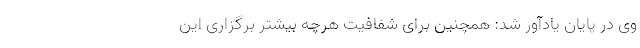
وی در پایان یادآور شد: همچنین برای شفافیت هرچه بیشتر برگزاری این